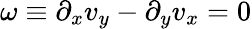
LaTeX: \omega\equiv\partial_{x}v_{y}-\partial_{y}v_{x}=0